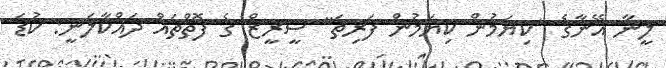
ލީނާ އޭނާގެ "ކިޔަމުން ކިޔަމުން ފަރިތަ" ސީރީޒް ގެ ފޮތްތައް ދައްކާލަނީ: ކުޑަ